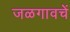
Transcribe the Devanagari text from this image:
जळगावचें